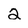
Character: 2